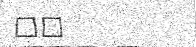
٢٩